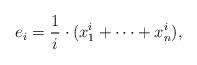
LaTeX: \begin{align*}e_i = \frac{1}{i}\cdot (x_1^i + \dots + x_n^i),\end{align*}